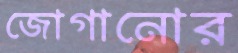
জোগানোর